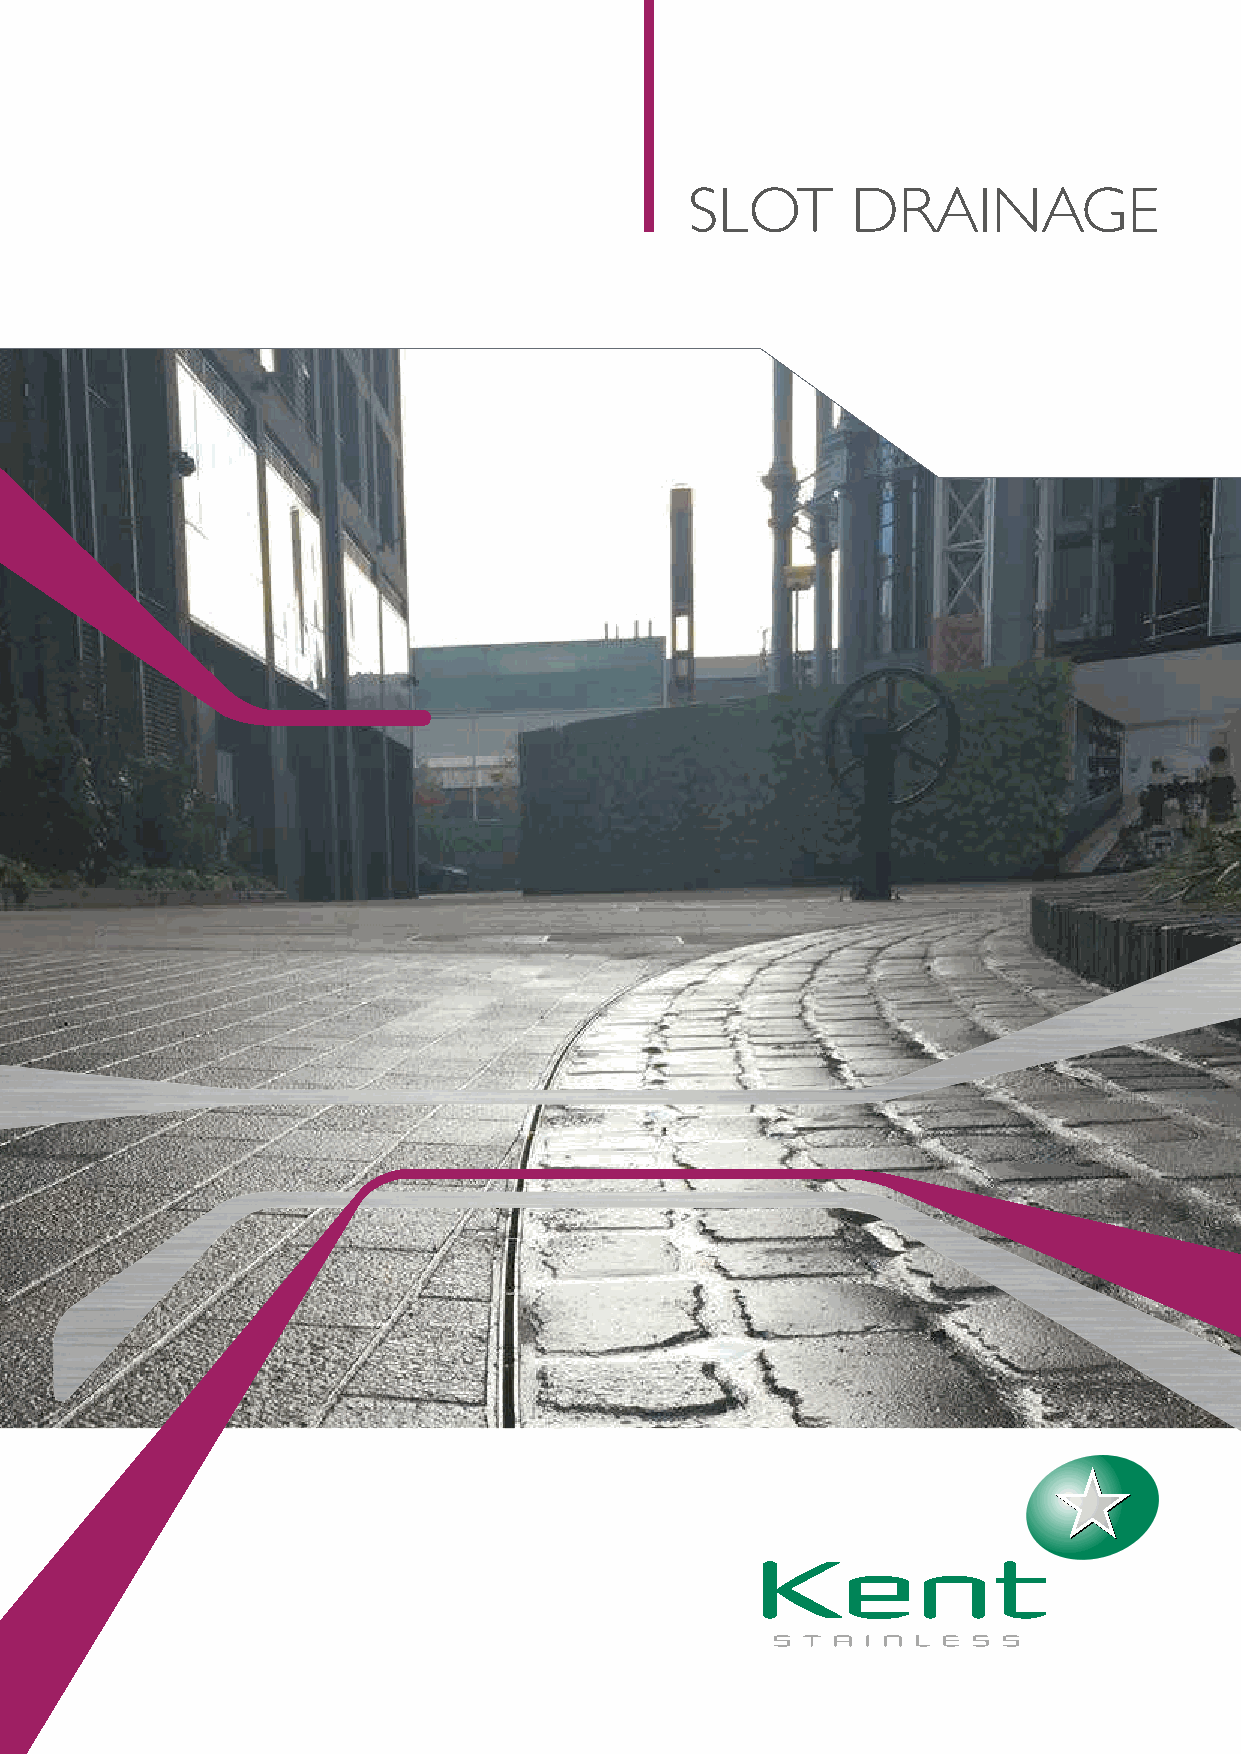
Hidden Slot
 SLOT DRAINAGE                                                                                                          Top Slot Channel
 (for use with existing polymer channel system)
 KSC125/200/100-10 KSC175/250/100-10 KSC125/130/100-10 KSC175/180/100-10                                                                                                                                SLOT       DRAINAGE
 Visible Slot
 Slot Channel
 Visible Slot Dimensions     Hidden Slot Dimensions
 Height Width   Height Width  Height Width  Height Width
 200  125      200   175      130   125     130   175
 Access Cover Options
 250  125      250   175      180   125     180   175
 300  125      300   175      230   125     230   175
 Specify:
 Kent Slot Channel KSC125/200/100-10; with
 100mm visible slot; grade 316 stainless steel;
 Connector Options            level invert; 1000mm sections c/w KSCAC300/200
 Access Boxes; with B125 loading; covering access
 points; and 110mm bottom outlet points
 (standard specification clause above can
 be modified with options shown)
 Outlet Point Options
 End Cap
 Options
 Model      Flow Rate
 KSC125/200/100-10 2.3 l/s
 KSC125/250/100-10 5.0 l/s
 KSC125/300/100-10 8.0 l/s
 KSC175/250/100-10 8.0 l/s
 KSC175/300/100-10 13.0 l/s
 KSC175/350/100-10 18.0 l/s
 www.kentstainless.com                                                                                                                           Made in IRELAND
 7102/21/005,2
 ei.tnirpdnangisedevitaerc.www
 yb
 decudorp
 dna
 dengiseD